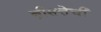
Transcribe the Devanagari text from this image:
स्त्रीसत्तेची